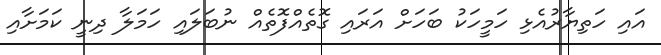
އައި ހަތިޔާރުއެޅި ހަމީހަކު ބަހަށް އަރައި ގޮތެއްފޮތެއް ނުބަލައި ހަމަލާ ދިނީ ކަމަށާއި